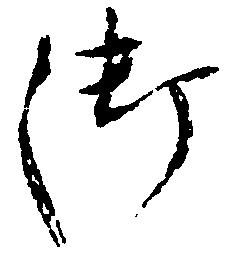
御